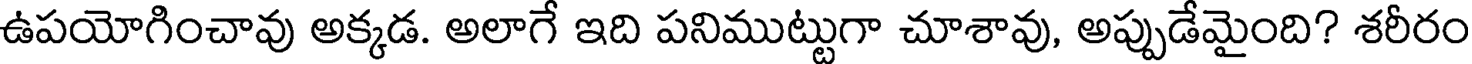
ఉపయోగించావు అక్కడ. అలాగే ఇది పనిముట్టుగా చూశావు, అప్పుడేమైంది? శరీరం